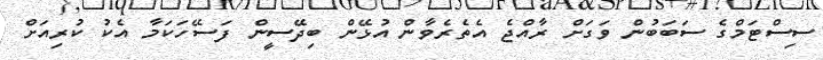
ސިސްޓަމްގެ ސަބަބުން ވަގަށް ރާއްޖެ އެތެރެވާން އުޅޭން ބިދޭސީން ފަސޭހަކަމާ އެކު ކުރިއަށް